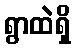
ရွာထဲရှိ